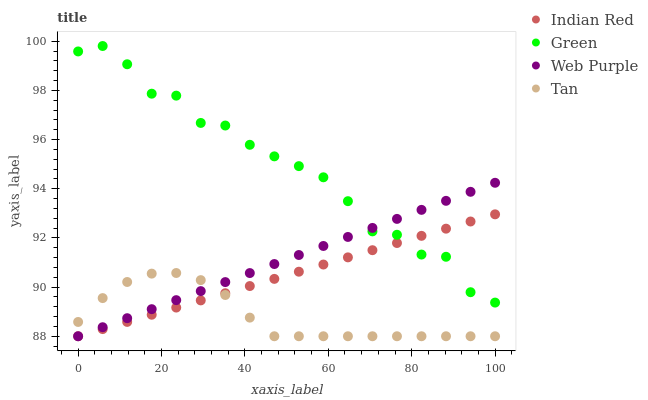
| xaxis_label | Indian Red | Green | Web Purple | Tan |
 | --- | --- | --- | --- | --- |
 | 0 | 88 | 99.6 | 88 | 88.6 |
 | 5.88 | 88.3 | 99.8 | 88.4 | 89.6 |
 | 11.8 | 88.6 | 99.1 | 88.7 | 90.2 |
 | 17.6 | 88.9 | 97.9 | 89.1 | 90.5 |
 | 23.5 | 89.2 | 97.8 | 89.5 | 90.6 |
 | 29.4 | 89.5 | 96.7 | 89.8 | 90.3 |
 | 35.3 | 89.8 | 96.6 | 90.2 | 89.7 |
 | 41.2 | 90 | 95.8 | 90.6 | 88.8 |
 | 47.1 | 90.3 | 95.3 | 90.9 | 88 |
 | 52.9 | 90.6 | 94.9 | 91.3 | 88 |
 | 58.8 | 90.9 | 94.5 | 91.7 | 88 |
 | 64.7 | 91.2 | 93.5 | 92 | 88 |
 | 70.6 | 91.5 | 92.3 | 92.4 | 88 |
 | 76.5 | 91.8 | 92.1 | 92.8 | 88 |
 | 82.4 | 92.1 | 91.3 | 93.1 | 88 |
 | 88.2 | 92.4 | 91.2 | 93.5 | 88 |
 | 94.1 | 92.7 | 89.8 | 93.9 | 88 |
 | 100 | 93 | 89.4 | 94.2 | 88 |